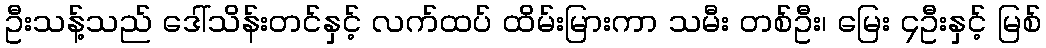
ဦးသန့်သည် ဒေါ်သိန်းတင်နှင့် လက်ထပ် ထိမ်းမြားကာ သမီး တစ်ဦး၊ မြေး ၄ဦးနှင့် မြစ်